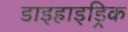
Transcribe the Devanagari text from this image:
डाइहाइड्रिक